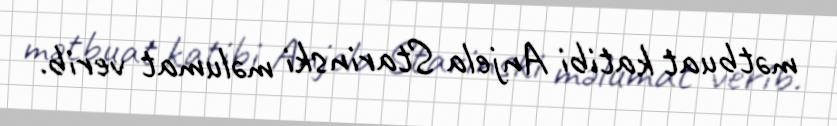
mətbuat katibi Anjela Starinski məlumat verib.